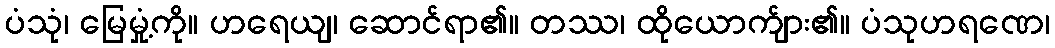
ပံသုံ၊ မြေမှုံ့ကို။ ဟရေယျ၊ ဆောင်ရာ၏။ တဿ၊ ထိုယောက်ျား၏။ ပံသုဟရဏေ၊